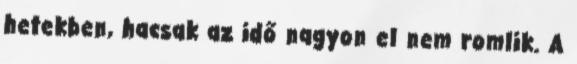
hetekben, hacsak az idő nagyon el nem romlik. A